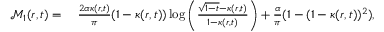
\begin{array} { r l } { \mathcal { M } _ { 1 } ( r , t ) = } & { { } \; \frac { 2 \alpha \kappa ( r , t ) } { \pi } ( 1 - \kappa ( r , t ) ) \log \left( \frac { \sqrt { 1 - t } - \kappa ( r , t ) } { 1 - \kappa ( r , t ) } \right) + \frac { \alpha } { \pi } ( 1 - ( 1 - \kappa ( r , t ) ) ^ { 2 } ) , } \end{array}